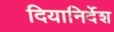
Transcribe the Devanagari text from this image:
दियानिर्देश